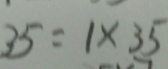
3 5 = 1 \times 3 5